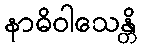
နာဓိဝါသေန္တိ